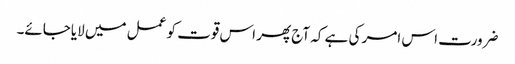
ضرورت اس امر کی ہے کہ آج پھر اس قوت کو عمل میں لایاجائے۔